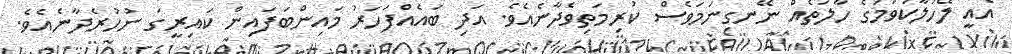
އެއީ ލޭހަލާކުވުމުގެ ހާލަތެއް ނޭނގިނަމަވެސް ކުރިމަތިވެދާނެއެވެ. އަދި ބައެއްފަހަރު މައިންބަފައިން ކައިރީގަ ނުހުރެދާނެއެވެ.